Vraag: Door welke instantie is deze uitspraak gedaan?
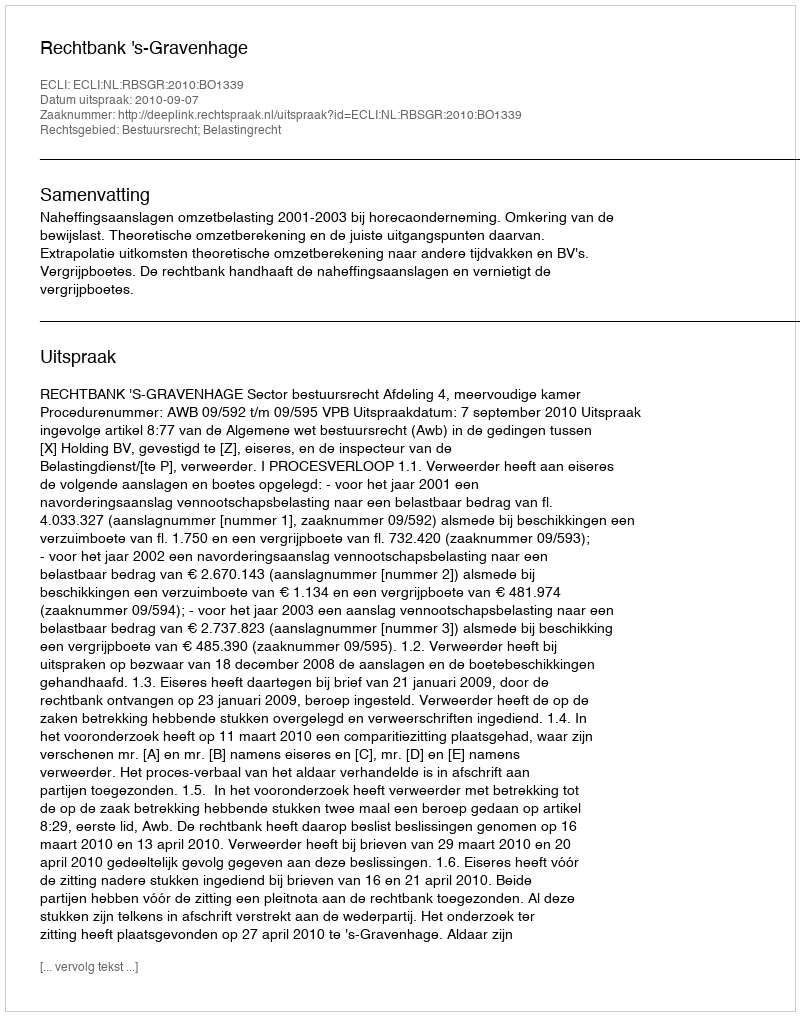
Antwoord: Rechtbank 's-Gravenhage